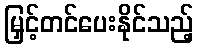
မြှင့်တင်ပေးနိုင်သည့်